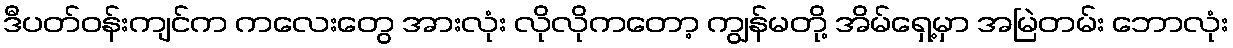
ဒီပတ်ဝန်းကျင်က ကလေးတွေ အားလုံး လိုလိုကတော့ ကျွန်မတို့ အိမ်ရှေ့မှာ အမြဲတမ်း ဘောလုံး